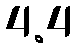
4.4